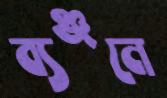
ব্যঞ্জনে